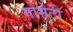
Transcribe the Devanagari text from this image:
गोमेटी